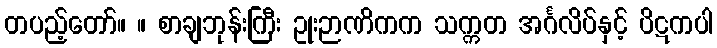
တပည့်တော်။ ။ စာချဘုန်းကြီး ဥုးဉာဏိကက သက္ကတ အင်္ဂလိပ်နှင့် ပိဋကပါ